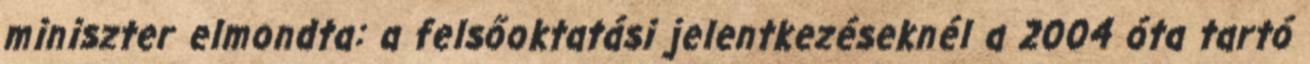
miniszter elmondta: a felsőoktatási jelentkezéseknél a 2004 óta tartó